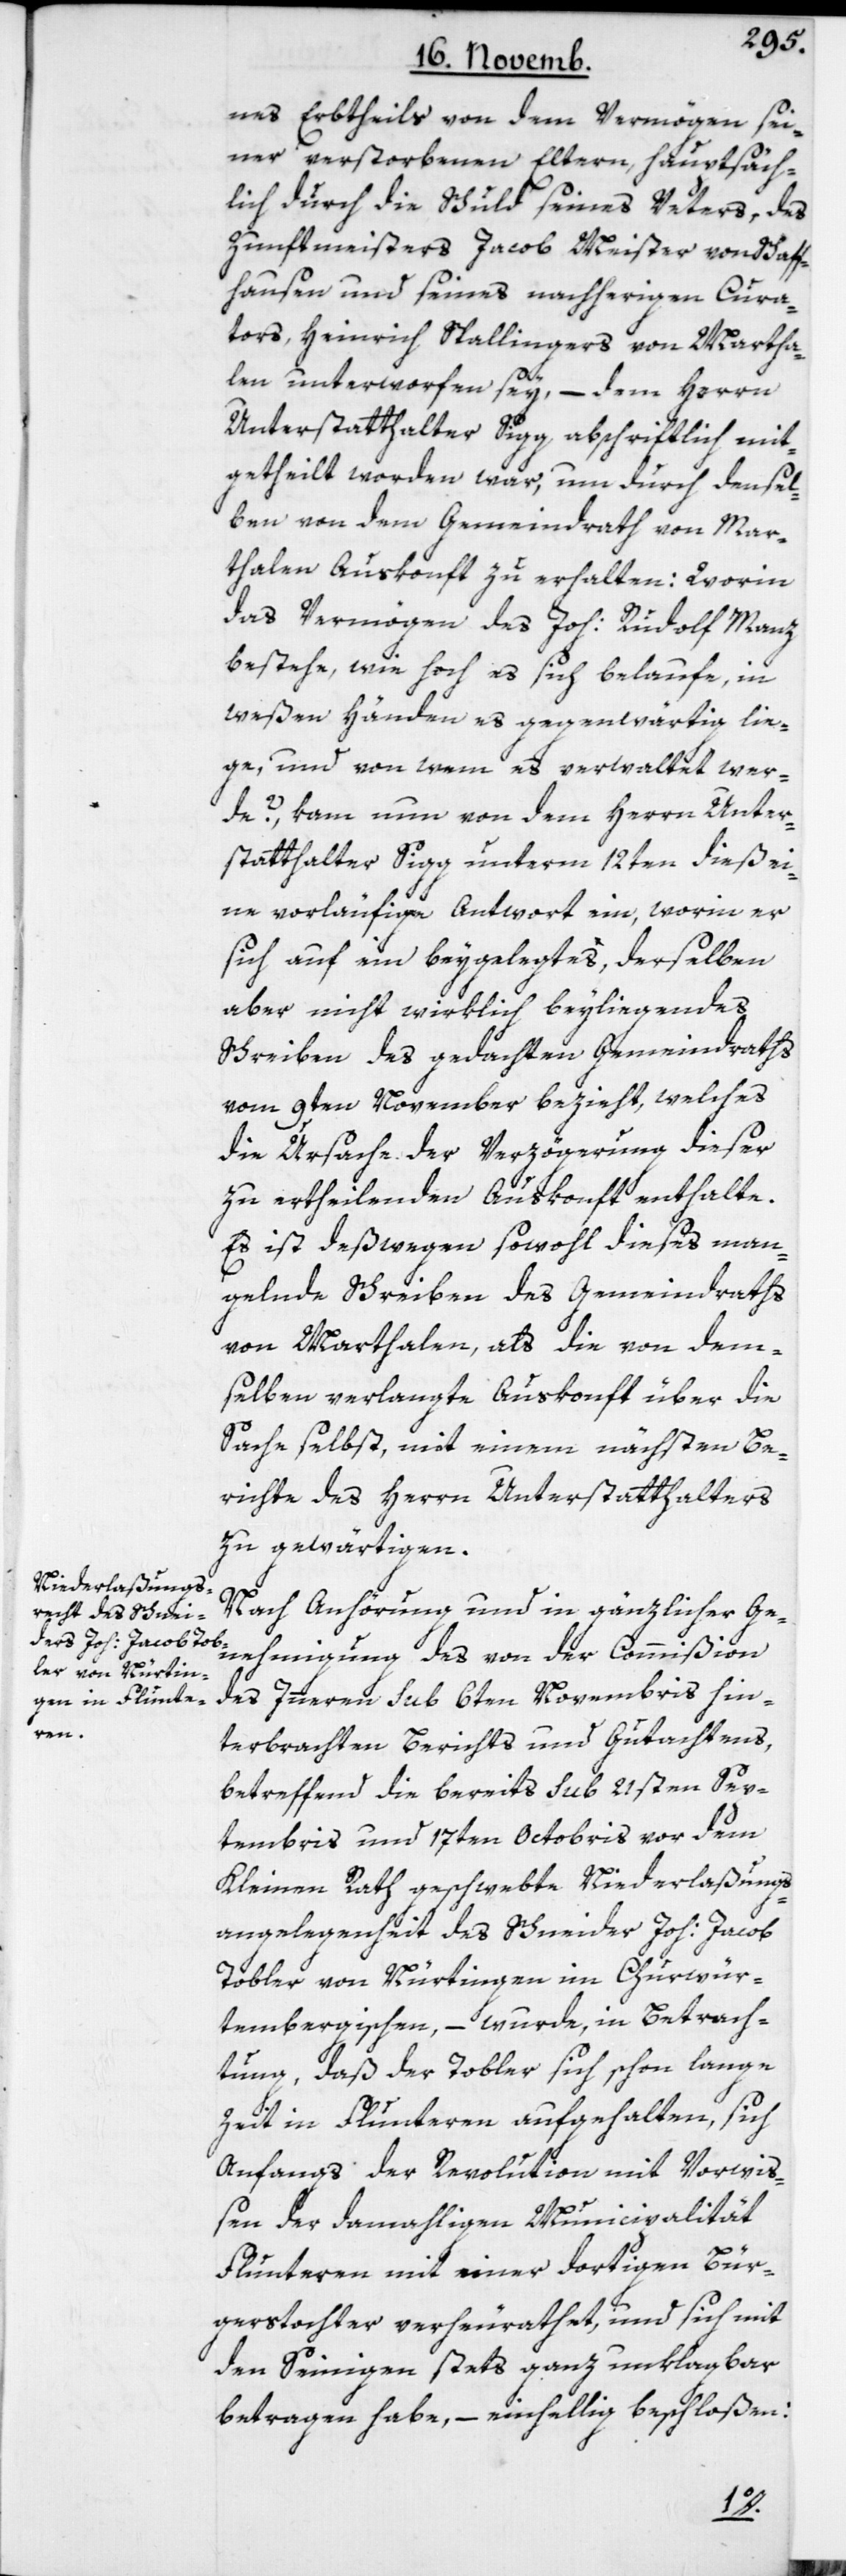
nes Erbtheils von dem Vermögen sei¬
ner verstorbenen Eltern, hauptsäch¬
lich durch die Schuld seines Vaters, des
Zunftmeisters Jacob Meister von Schaff¬
hausen und seines nachherigen Cura¬
tors, Heinrich Stallingers von Martha¬
neh¬
len unterworfen sey, – dem Herrn
Unterstatthalter Sigg abschriftlich mit¬
getheilt worden war, um durch densel¬
ben von dem Gemeindrath von Mar¬
thalen Auskonft zu erhalten: Worin
das Vermögen des Joh: Rudolf Manz
bestehe, wie hoch es sich belaufe, in
weßen Händen es gegenwärtig lie¬
ge, und von wem es verwaltet wer¬
de? – kam nun von dem Herrn Unter¬
statthalter Sigg unterm 12ten dieß ei¬
ne vorläufige Antwort ein, worin er
sich auf ein beygelegtes, derselben
aber nicht wirklich beyliegendes
Schreiben des gedachten Gemeindraths
vom 9ten November bezieht, welches
die Ursache der Verzögerung dieser
zu ertheilenden Auskonft enthalte.
Es ist deßwegen sowohl dieses man¬
gelnde Schreiben des Gemeindraths
von Marthalen, als die von dem¬
selben verlangte Auskonft über die
Sache selbst, mit einem nächsten Be¬
richte des Herrn Unterstatthalters
zu gewärtigen.
Nach Anhörung und in gänzlicher Ge¬
des Innern sub 6ten Novembris hin¬
migung
terbrachten Berichts und Gutachtens,
betreffend die bereits sub 21sten Sep¬
tembris und 17ten Octobris vor dem
Kleinen Rath geschwebte Niederlaßungs¬
angelegenheit des Schneider Joh: Jacob
Tobler von Nürtingen im Churwür¬
tembergischen, – wurde in Betrach¬
tung, daß der Tobler sich schon lange
der
Zeit in Fluntern aufgehalten, sich
Anfangs der Revolution mit Vorwiß¬
en der damahligen Municipalität
Fluntern mit einer dortigen Bür¬
gerstochter verheyrathet, und sich mit
den Seinigen stets ganz unklagbar
betragen habe, – einhellig beschloßen: